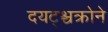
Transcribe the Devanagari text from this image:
दयट्श्चक्रोने